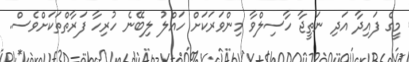
މީގެ ފައިދާ އަދި ނަތީޖާ ހާސިލްވާ މިންވަރަކަށް ހައްލު ލިބޭނެ ހުރިހާ ފަރާތްތަކަށްވެސް.